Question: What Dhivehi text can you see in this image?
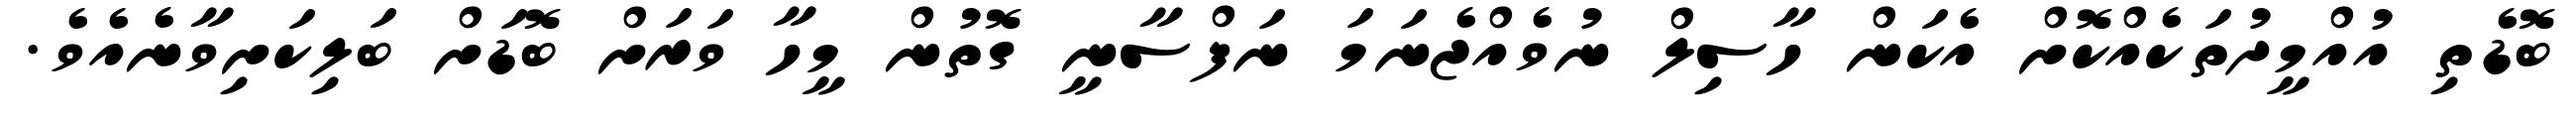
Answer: ބޮޑެތި އުއްމީދުތަކެއްކޮށް އެކަން ހާސިލް ނުވެއްޖެނަމަ ނަފްސާނީ ގޮތުން މީހާ ވަރަށް ބޮޑަށް ބަލިކަށިވާނެއެވެ.